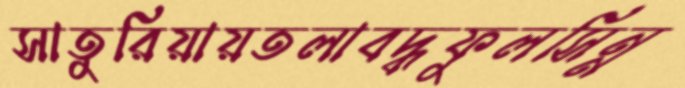
সাতুরিয়ায়তলাবদ্ধফুলসিন্ন